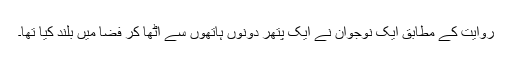
روایت کے مطابق ایک نوجوان نے ایک پتھر دونوں ہاتھوں سے اٹھا کر فضا میں بلند کیا تھا۔